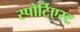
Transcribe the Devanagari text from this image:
स्पोर्टिएस्ट